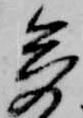
多